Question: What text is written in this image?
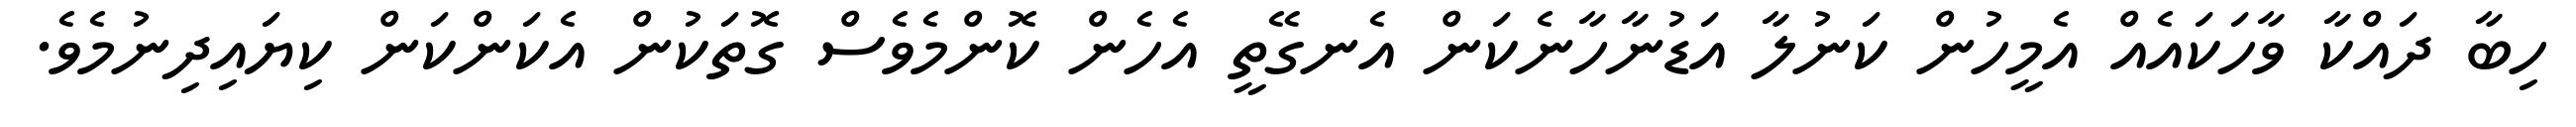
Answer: ހިބާ ދައްކާ ވާހަކައެއް އެމީހުން ކަނުލާ އަޑުނާހާނެކަން އެނގޭތީ އެހެން ކޮންމެވެސް ގޮތަކުން އެކަންކަން ކިޔައިދިނުމެވެ.